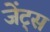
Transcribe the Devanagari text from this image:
जेंट्स